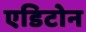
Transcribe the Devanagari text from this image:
एडिटोन